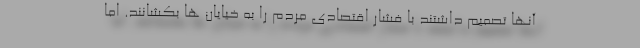
آنها تصمیم داشتند با فشار اقتصادی مردم را به خیایان ها بکشانند. اما